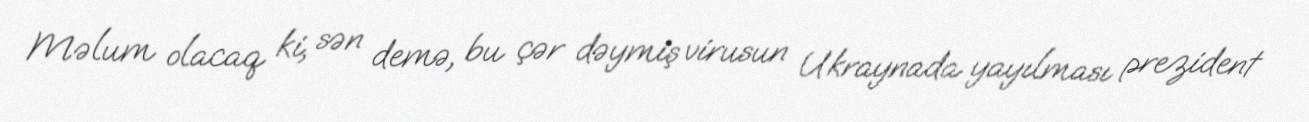
Məlum olacaq ki, sən demə, bu çər dəymiş virusun Ukraynada yayılması prezident